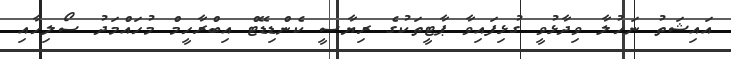
އައިޝަތު ނަހުލާ ވިދާޅުވީ ގުޅިފައިވާ ޕާޓީތަކުގެ ރިޔާސީ ކެންޑިޑޭޓް އިބްރާހީމް މުހައްމަދު ސޯލިހާއި